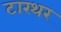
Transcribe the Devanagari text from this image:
टारथर